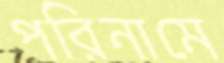
পরিনামে